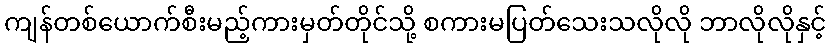
ကျန်တစ်ယောက်စီးမည့်ကားမှတ်တိုင်သို့ စကားမပြတ်သေးသလိုလို ဘာလိုလိုနှင့်